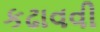
કઢાવવી